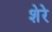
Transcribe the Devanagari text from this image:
शेरेे